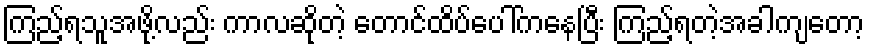
ကြည့်ရသူအဖို့လည်း ကာလဆိုတဲ့ တောင်ထိပ်ပေါ်ကနေပြီး ကြည့်ရတဲ့အခါကျတော့